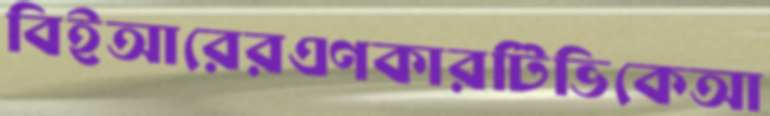
বিইআরেরএণকারটিভিকেআ